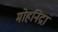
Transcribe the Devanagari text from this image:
मोहनिद्रां